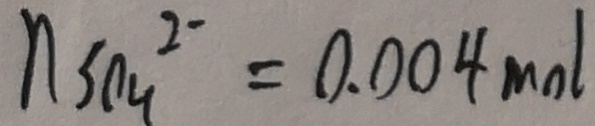
n s o _ { 4 } ^ { 2 - } = 0 . 0 0 4 m o l